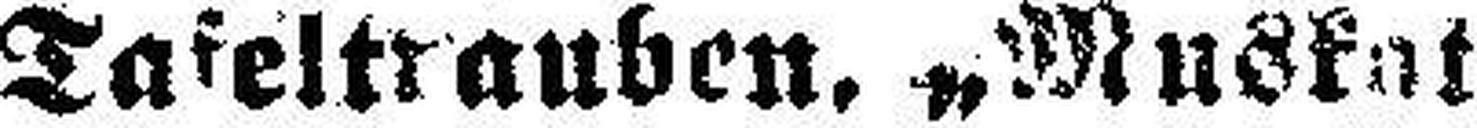
Tafeltrauben, „Muskat